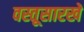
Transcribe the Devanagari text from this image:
वस्तूसारखे